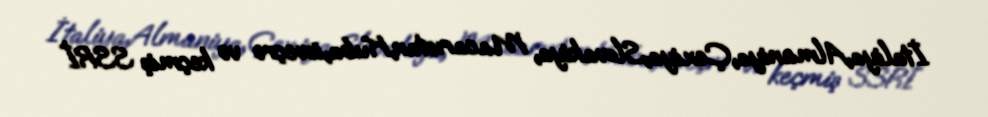
İtaliya,Almaniya,Çexiya,Slovakiya, Macarıstan,Kuba,isveçrə və keçmiş SSRİ